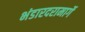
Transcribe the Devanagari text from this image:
भंडारदरामार्गे